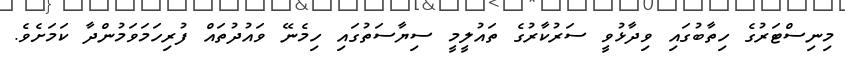
މިނިސްޓަރުގެ ހިތާބުގައި ވިދާޅުވީ ސަރުކާރުގެ ތައުލީމީ ސިޔާސަތުގައި ހިމެނޭ ވައުދުތައް ފުރިހަމަވަމުންދާ ކަމަށެވެ.